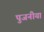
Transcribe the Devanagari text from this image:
पुजनीया